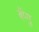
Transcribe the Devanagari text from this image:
बॅप्पु